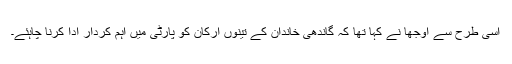
اسی طرح سے اوجھا نے کہا تھا کہ گاندھی خاندان کے تینوں ارکان کو پارٹی میں اہم کردار ادا کرنا چاہئے۔